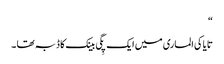
“
تایاکی الماری میں ایک پِگی بینک کا ڈبہ تھا ۔